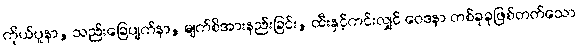
ကိုယ်ပူနာ, သည်းခြေပျက်နာ, မျက်စိအားနည်းခြင်း, ထီးနှင့်ကင်းလျှင် ဝေဒနာ တစ်ခုခုဖြစ်တတ်သော